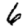
Digit: 6